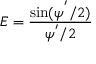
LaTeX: E = { \frac { \sin ( \psi ^ { ' } / 2 ) } { \psi ^ { ' } / 2 } }